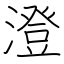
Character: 澄